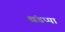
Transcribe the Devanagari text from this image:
खंडप्पा